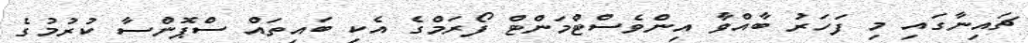
ޗައިނާގައި މި ފަހަރު ބާއްވާ އިންވެސްޓްމަންޓް ފޯރަމްގެ އެކި ބައިތައް ސްޕޮންސާ ކުރުމުގެ